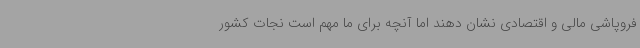
فروپاشی مالی و اقتصادی نشان دهند اما آنچه برای ما مهم است نجات کشور